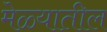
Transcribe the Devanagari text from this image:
मेळ्यातील